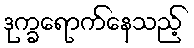
ဒုက္ခရောက်နေသည့်